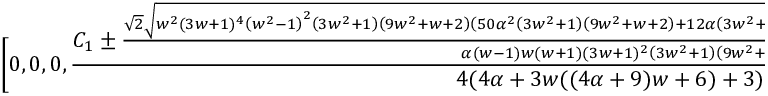
\Bigg [ 0 , 0 , 0 , \frac { C _ { 1 } \pm \frac { \sqrt { 2 } \sqrt { w ^ { 2 } ( 3 w + 1 ) ^ { 4 } \left( w ^ { 2 } - 1 \right) ^ { 2 } \left( 3 w ^ { 2 } + 1 \right) \left( 9 w ^ { 2 } + w + 2 \right) \left( 5 0 \alpha ^ { 2 } \left( 3 w ^ { 2 } + 1 \right) \left( 9 w ^ { 2 } + w + 2 \right) + 1 2 \alpha \left( 3 w ^ { 2 } + 1 \right) ( 3 w + 1 ) ^ { 2 } + 9 ( 3 w + 1 ) ^ { 4 } \right) ( 4 \alpha + 3 w ( ( 4 \alpha + 9 ) w + 6 ) + 3 ) ^ { 2 } } } { \alpha ( w - 1 ) w ( w + 1 ) ( 3 w + 1 ) ^ { 2 } \left( 3 w ^ { 2 } + 1 \right) \left( 9 w ^ { 2 } + w + 2 \right) } } { 4 ( 4 \alpha + 3 w ( ( 4 \alpha + 9 ) w + 6 ) + 3 ) } \Bigg ] ,